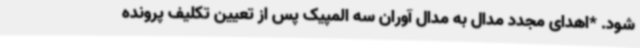
شود. *اهدای مجدد مدال به مدال آوران سه المپیک پس از تعیین تکلیف پرونده